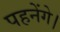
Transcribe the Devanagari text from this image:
पहनेंगे।